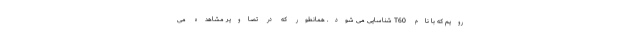
رویم که با نام T60 شناسایی می شود. همانطور که در تصاویر مشاهده می